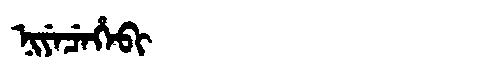
Manchu: ᠨᡳᠶᡝᠴᡝᡥᡝᠪᡳ
Romanization: NIYECEHEBI